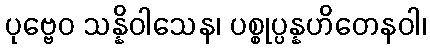
ပုဗ္ဗေဝ သန္နိဝါသေန၊ ပစ္စုပ္ပန္နဟိတေနဝါ၊